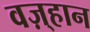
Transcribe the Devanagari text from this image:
वज़्हान